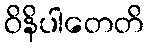
ဝိနိပါတေတိ